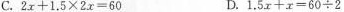
C.$$2 x + 1 . 5 \times 2 x = 6 0$$ D.$$1 . 5 x + x = 6 0 {\div} 2$$